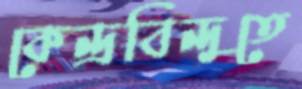
কেন্দ্রবিন্দুতে